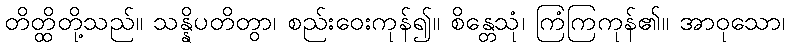
တိတ္ထိတို့သည်။ သန္နိပတိတွာ၊ စည်းဝေးကုန်၍။ စိန္တေသုံ၊ ကြံကြကုန်၏။ အာဝုသော၊